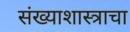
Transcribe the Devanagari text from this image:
संख्याशास्त्राचा